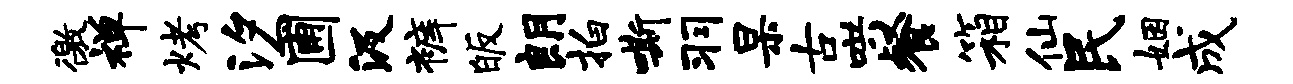
徼禅烤汐圃汲裤皈朗拍嘶羽杲古哄餐箱仙民姻成